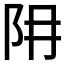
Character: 𨸨